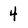
Character: 4